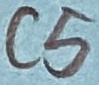
Text: C5